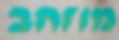
מוזהב